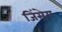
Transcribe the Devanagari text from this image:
जिंसेग